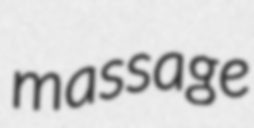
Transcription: massage